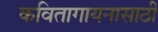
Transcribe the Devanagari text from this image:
कवितागायनासाठी